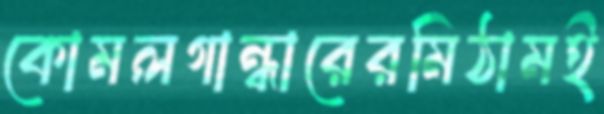
কোমলগান্ধারেরমিঠামই